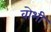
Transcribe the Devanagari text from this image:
वोभी